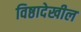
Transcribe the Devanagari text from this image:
विष्ठादेखील